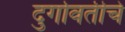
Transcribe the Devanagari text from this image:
दुर्गावतीचे